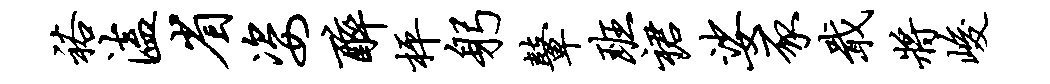
裕溘省姿醉枰躬鼙班裙娑豕戢将峻